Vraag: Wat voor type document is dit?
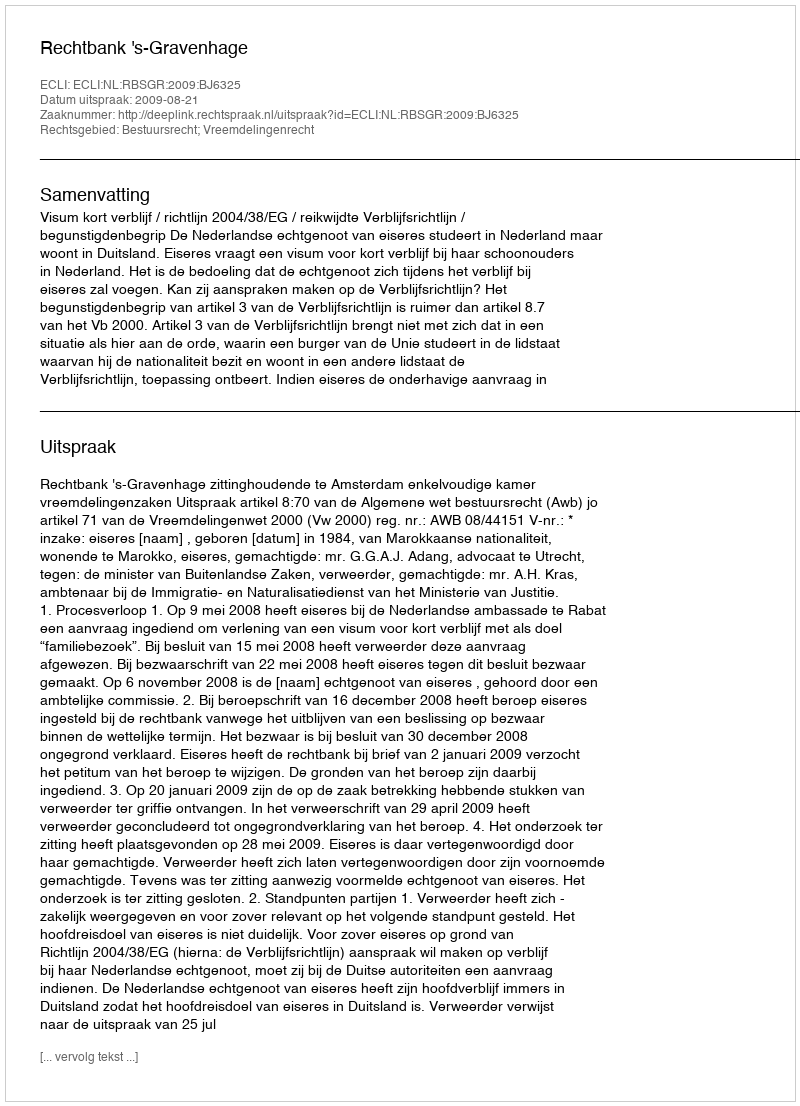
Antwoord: Uitspraak